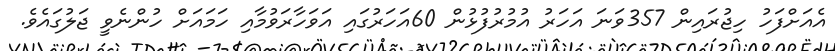
އެއަށްފަހު ހިޖުރައިން 357ވަނަ އަހަރު އުމުރުފުޅުން 60އަހަރުގައި އަވަހާރަވުމާއި ހަމައަށް ހުންނެވީ ޖަލުގައެވެ.